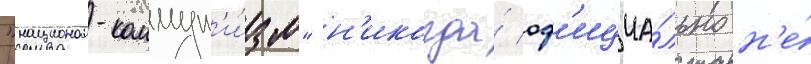
"национал-коммун'и́зм" н'икогда́ оф'ициа́льно н'е́